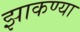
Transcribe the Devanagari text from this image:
झाकण्या